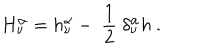
LaTeX: H _ { \nu } ^ { \alpha } = h _ { \nu } ^ { \alpha } - \ \frac { 1 } { 2 } \ \delta _ { \nu } ^ { \alpha } h \ .